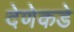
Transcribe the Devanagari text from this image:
देणेकडे